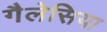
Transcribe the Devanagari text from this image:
गैलेसिया